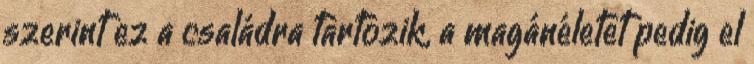
szerint ez a családra tartozik, a magánéletet pedig el